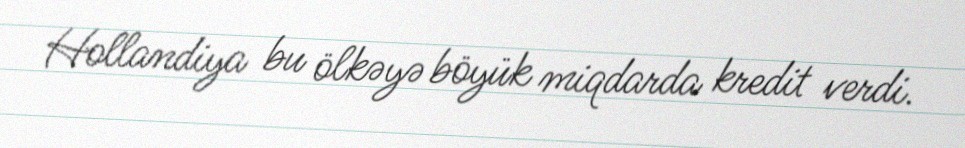
Hollandiya bu ölkəyə böyük miqdarda kredit verdi.